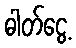
ဓါတ်ငွေ့